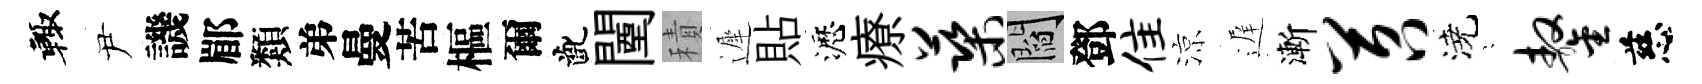
輙尹譏郿類弟曼苦樞爾齔闉積遲貼瀝療蕖閻鄧隹涼遅漸苕澆隠鏊慈